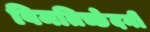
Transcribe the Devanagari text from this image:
विमतिच्छेदनी